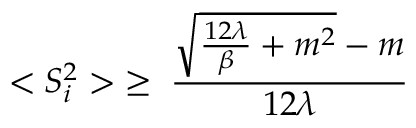
< S _ { i } ^ { 2 } > \; \ge \; \frac { { \sqrt { \frac { 1 2 \lambda } { \beta } + m ^ { 2 } } } - m } { 1 2 \lambda }